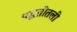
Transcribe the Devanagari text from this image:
पद्धतींतली